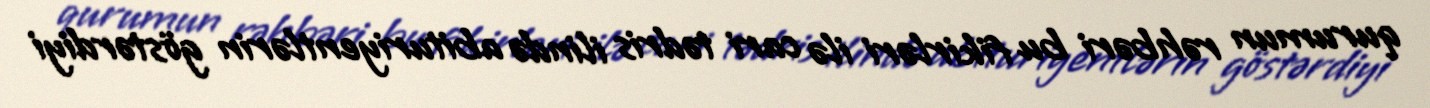
qurumun rəhbəri bu fikirləri ilə cari tədris ilində abituriyentlərin göstərdiyi